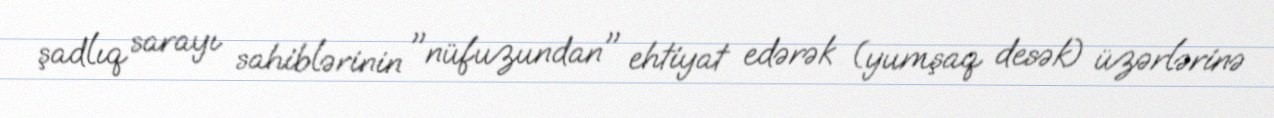
şadlıq sarayı sahiblərinin "nüfuzundan" ehtiyat edərək (yumşaq desək) üzərlərinə